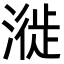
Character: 漇